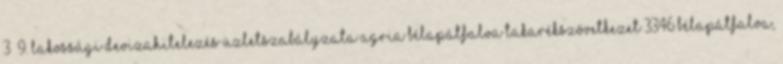
3 9. Lakossági Devizahitelezés Üzletszabályzata AGRIA Bélapátfalva Takarékszövetkezet 3346 Bélapátfalva,